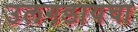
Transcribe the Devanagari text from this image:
उलगडायचा